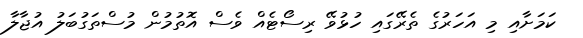
ކަމަށާއި މި އަހަރުގެ ތެރޭގައި ހުޅުވޭ ރިސޯޓެއް ވެސް އޮތުމުން މުސްތަގުބަލު އުޖާލާ